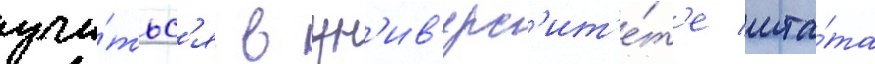
учи́тьс'я в ун'ив'ерс'ит'е́т'е шта́та